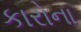
કારોના